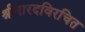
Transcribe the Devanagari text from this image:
श्रीनारदविरचित